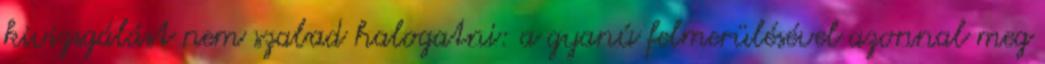
kivizsgálást nem szabad halogatni: a gyanú felmerülésével azonnal meg